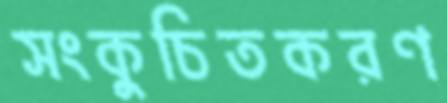
সংকুচিতকরণ